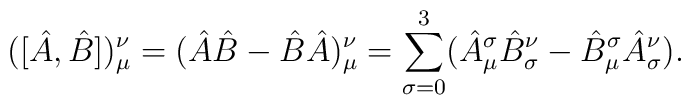
([\hat{A}, \hat{B} ])_{\mu}^{\nu} = (\hat{A} \hat{B} - \hat{B} \hat{A} )_{\mu}^{\nu} =\sum_{\sigma = 0}^{3} (\hat{A}_{\mu}^{\sigma} \hat{B}_{\sigma}^{\nu} -\hat{B}_{\mu}^{\sigma} \hat{A}_{\sigma}^{\nu} ).